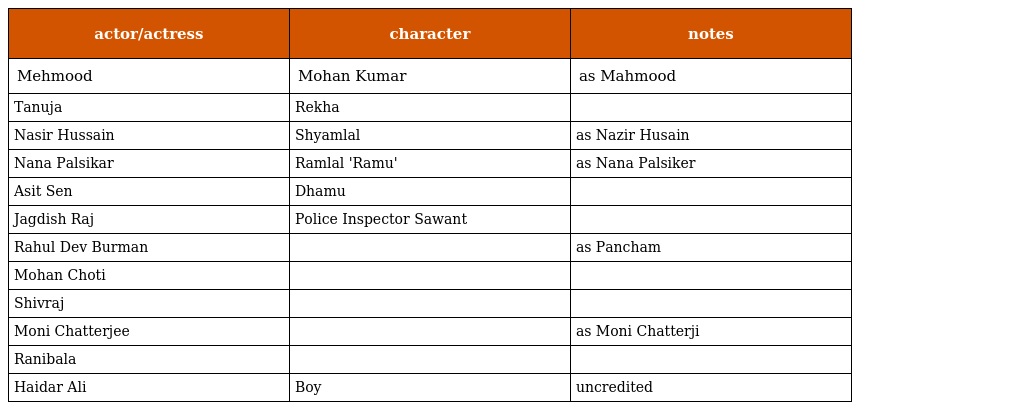
| actor/actress | character | notes |
 | --- | --- | --- |
 | Mehmood | Mohan Kumar | as Mahmood |
 | Tanuja | Rekha |  |
 | Nasir Hussain | Shyamlal | as Nazir Husain |
 | Nana Palsikar | Ramlal 'Ramu' | as Nana Palsiker |
 | Asit Sen | Dhamu |  |
 | Jagdish Raj | Police Inspector Sawant |  |
 | Rahul Dev Burman |  | as Pancham |
 | Mohan Choti |  |  |
 | Shivraj |  |  |
 | Moni Chatterjee |  | as Moni Chatterji |
 | Ranibala |  |  |
 | Haidar Ali | Boy | uncredited |